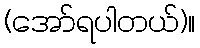
(အော်ရပါတယ်)။